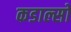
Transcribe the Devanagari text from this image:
कडाल्सो